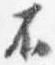
不